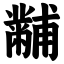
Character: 黼